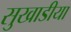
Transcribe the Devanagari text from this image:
सुखाडीया